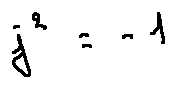
j ^ { 2 } = - 1